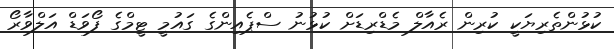
ކުޅުންތެރިޔަކީ ކުރިން ރެއާލް މެޑްރިޑަށް ކުޅުނު ސްޕެއިންގެ ގައުމީ ޓީމްގެ ފޯވަޑް އަލްވާރޯ